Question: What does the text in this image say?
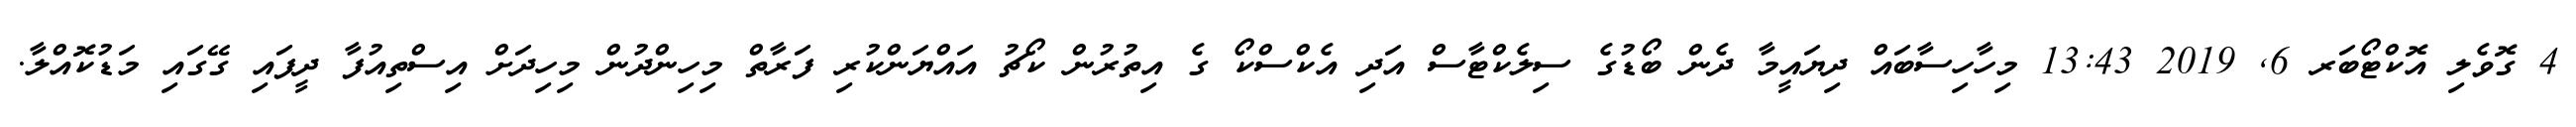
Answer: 4 ގޮވެލި އޮކްޓޯބަރ 6, 2019 13:43 މިހާހިސާބައް ދިޔައީމާ ދެން ބޯޑުގެ ސިލެކްޓާސް އަދި އެކްސްކޯ ގެ އިތުރުން ކޯޗު އައްޔަންކުރި ފަރާތް މިހިންދުން މިހިދަށް އިސްތިއުފާ ދީފައި ގޭގައި މަޑުކޮއްލާ.